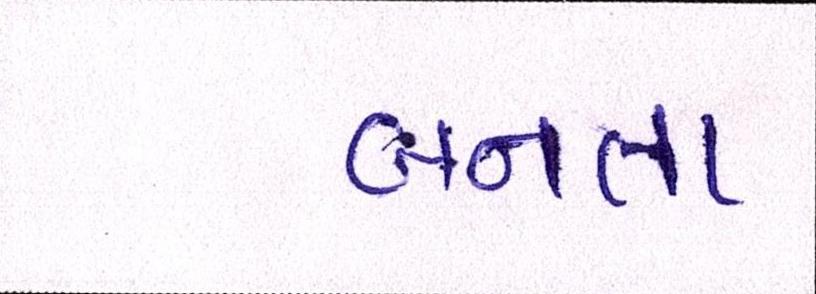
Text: બનતા